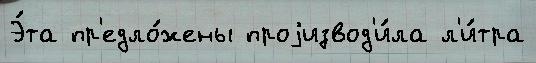
Э́та пр'едло́жены проjизвод'и́ла л'и́тра